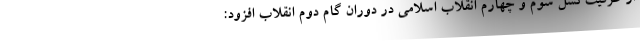
از ظرفیت نسل سوم و چهارم انقلاب اسلامی در دوران گام دوم انقلاب افزود: